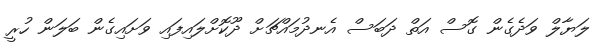
ލަޔާލް ވަދެގެން ގޮސް އަތް ދަބަސް އެނދުމައްޗަށް ދޫކޮށްލައިފައި ވަށައިގެން ބަލަން ހުރީ